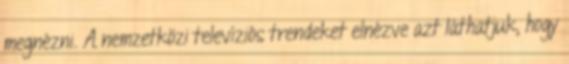
megnézni. A nemzetközi televíziós trendeket elnézve azt láthatjuk, hogy